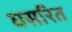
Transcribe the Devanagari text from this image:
घसरित